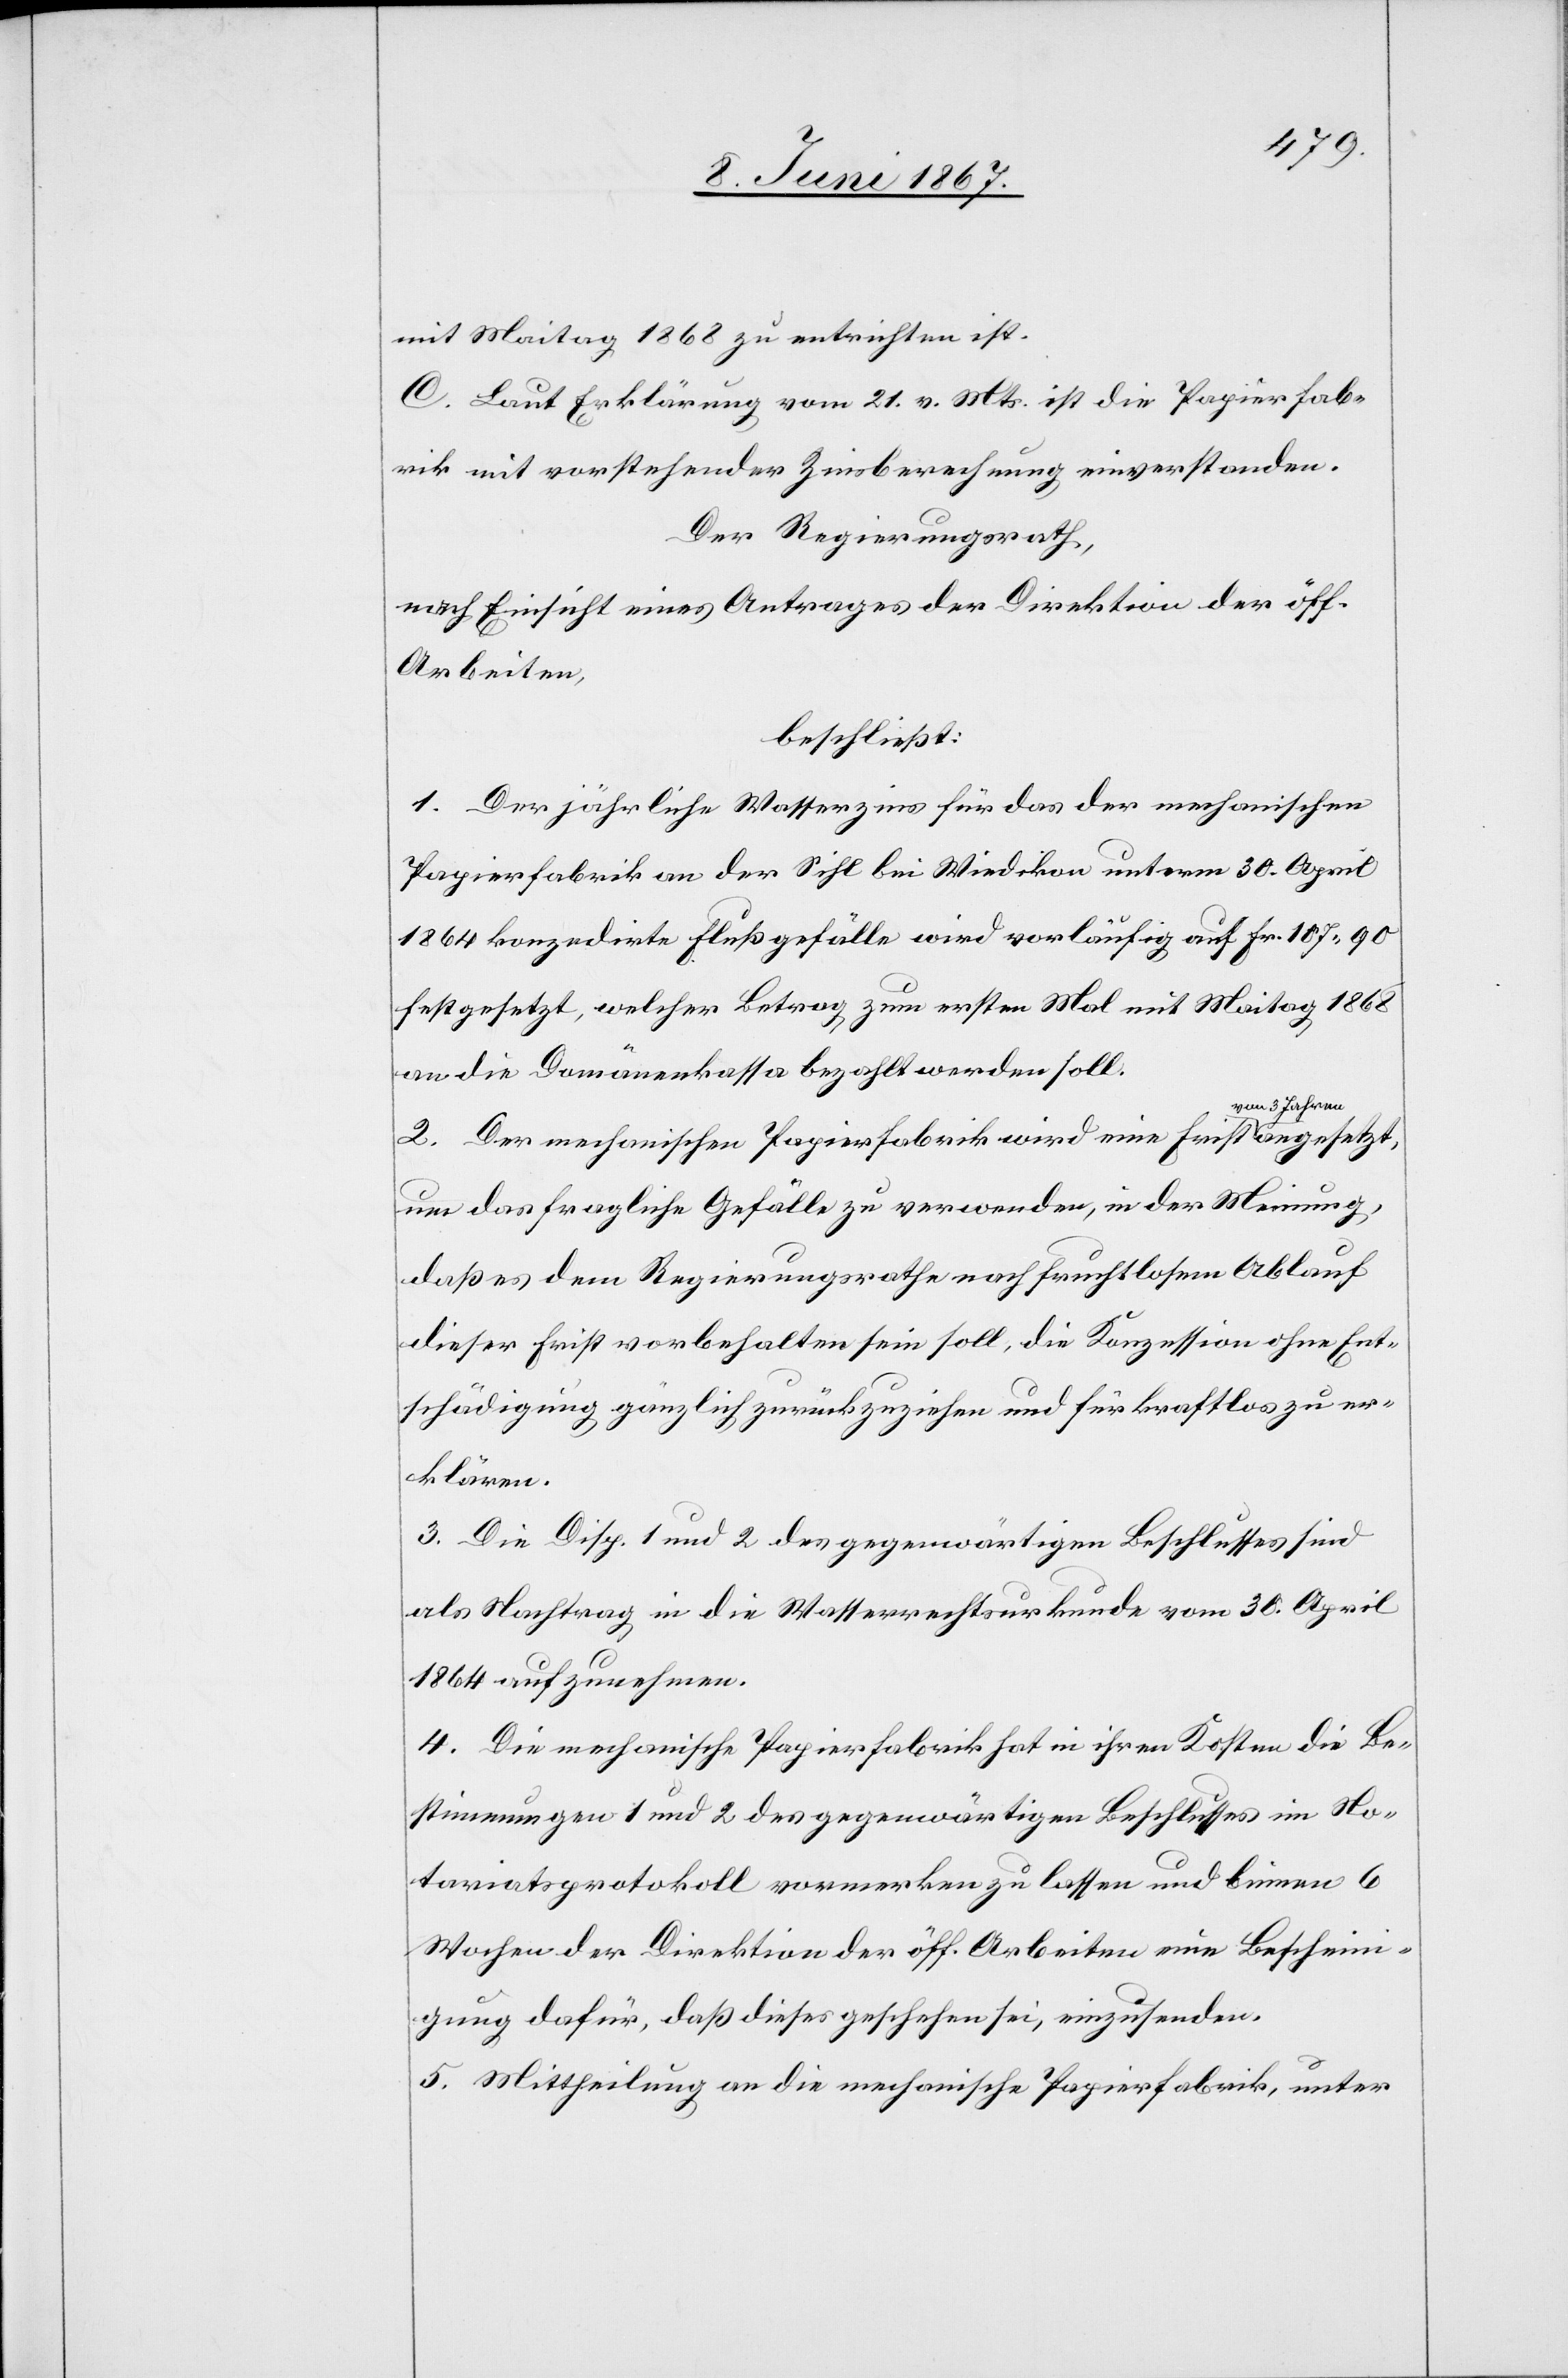
mit Maitag 1868 zu entrichten ist.
C. Laut Erklärung vom 21. v. Mts. ist die Papierfab¬
rik mit vorstehender Zinsberechnung einverstanden.
Der Regierungsrath,
nach Einsicht eines Antrages der Direktion der öff.
Arbeiten,
beschließt:
1. Der jährliche Wasserzins für das der mechanischen
Papierfabrik an der Sihl bei Wiedikon unterm 30. April
1864 konzedirte Flußgefälle wird vorläufig auf Fr. 107. 90
festgesetzt, welcher Betrag zum ersten Mal mit Maitag 1868
an die Domänenkasse bezahlt werden soll.
2. Der mechanischen Papierfabrik wird eine Frist von 3
um das fragliche Gefälle zu verwenden, in der Meinung,
daß es dem Regierungsrathe nach fruchtlosem Ablauf
dieser Frist vorbehalten sein soll, die Konzession ohne Ent¬
schädigung gänzlich zurückzuziehen und für kraftlos zu er¬
klären.
3. Die Disp. 1 und 2 des gegenwärtigen Beschlusses sind
als Nachtrag in die Wasserrechtsurkunde vom 30. April
1864 aufzunehmen.
4. Die mechanische Papierfabrik hat in ihren Kosten die Be¬
stimmungen 1 und 2 des gegenwärtigen Beschlusses im No¬
tariatsprotokoll vormerken zu lassen und binnen 6
Wochen der Direktion der öff. Arbeiten eine Bescheini¬
gung dafür, daß dieses geschehen sei, einzusenden.
5. Mittheilung an die mechanische Papierfabrik, unter